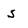
Character: S